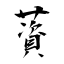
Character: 薋